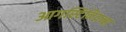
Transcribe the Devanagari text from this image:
आगस्टिनियन्स